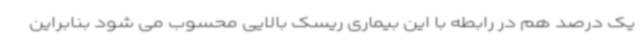
یک درصد هم در رابطه با این بیماری ریسک بالایی محسوب می شود بنابراین